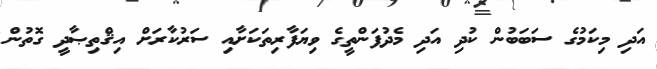
އަދި މިކަމުގެ ސަބަބުން ކުދި އަދި މެދުފަންތީގެ ވިޔަފާރިތަކަށާއި ސަރުކާރަށް އިޤްތިޞާދީ ގޮތުން